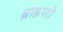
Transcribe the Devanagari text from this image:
ब्राह्नणों